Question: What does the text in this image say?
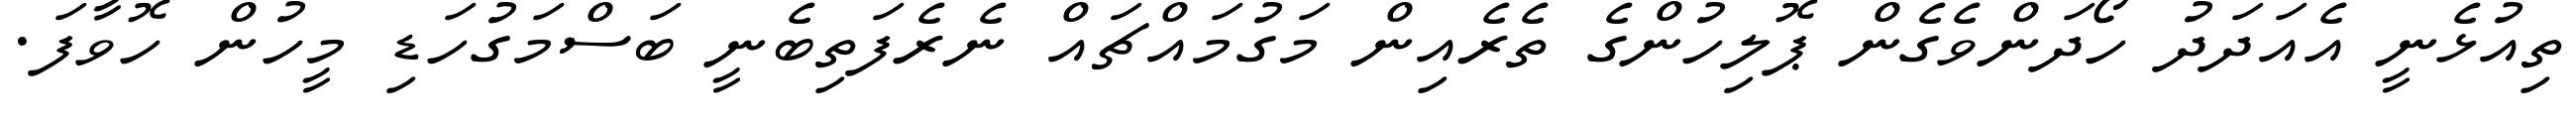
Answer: ތިއުޅެނީ އެއަދަދު ހޯދަންވެގެން ޕޮލިހުންގެ ތެރެއިން މަގުމައްޗައް ނެރެފަތިބެނީ ބަސްމަގުހަޑި މީހުން ހޮވާފަ.